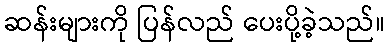
ဆန်းများကို ပြန်လည် ပေးပို့ခဲ့သည်။